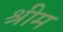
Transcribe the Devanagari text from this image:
श्रीम